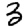
Digit: 3